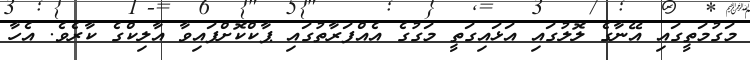
މަގުމަތީގައި އޭނާގެ ލޮލުގައި އަޅައިގަތީ މަގުގެ އެއްފަރާތުގައި ޕާކްކޮށްފައިވާ އާލިކްގެ ކާރެވެ. އެހާ